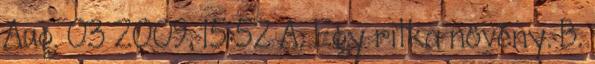
Aug. 03 2009, 15:52 A. Egy ritka növény. B.